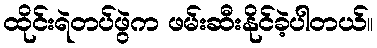
ထိုင်းရဲတပ်ဖွဲက ဖမ်းဆီးနိုင်ခဲ့ပါတယ်။